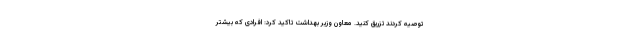
توصیه کردند تزریق کنید. معاون وزیر بهداشت تاکید کرد: افرادی که بیشتر